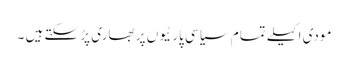
مودی اکیلے تمام سیاسی پارٹیوں پر بھاری پڑ سکتے ہیں ۔